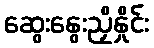
ဆွေးနွေးညှိနှိုင်း